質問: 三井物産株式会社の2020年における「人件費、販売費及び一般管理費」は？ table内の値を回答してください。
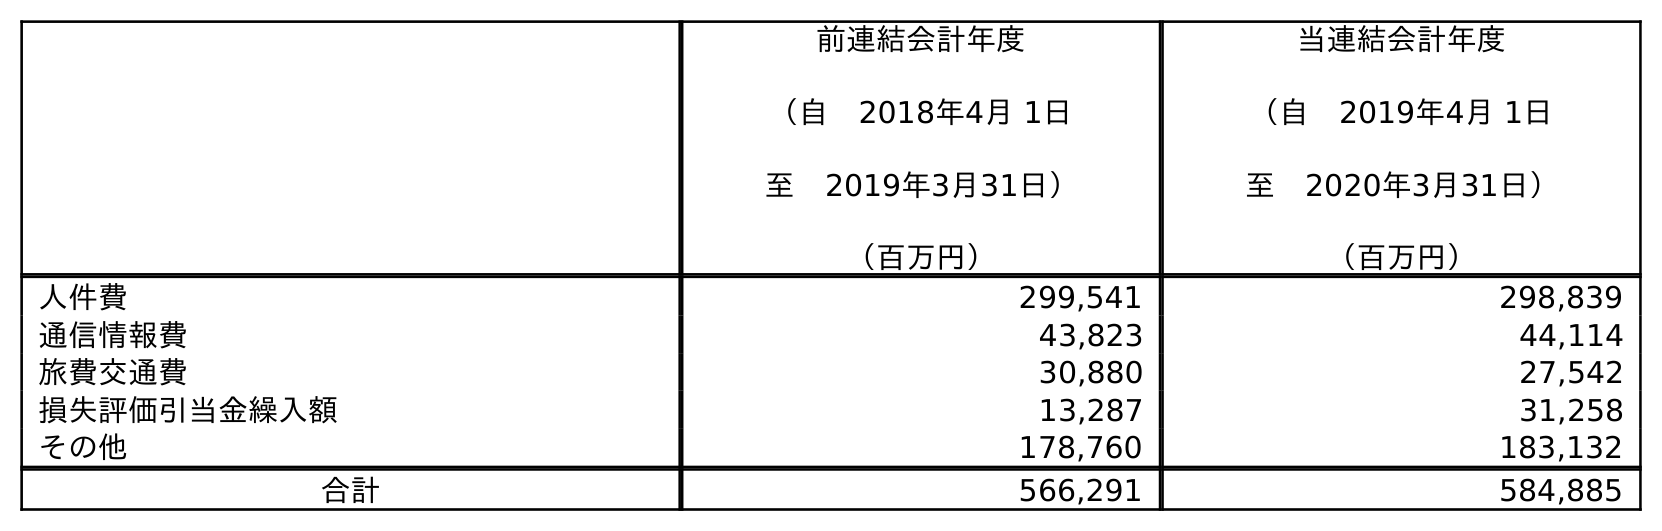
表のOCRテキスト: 前連結会計年度 （自 2018年4月 1日 至 2019年3月31日） （百万円） 当連結会計年度 （自 2019年4月 1日 至 2020年3月31日） （百万円） 人件費 299,541 298,839 通信情報費 43,823 44,114 旅費交通費 30,880 27,542 損失評価引当金繰入額 13,287 31,258 その他 178,760 183,132 合計 566,291 584,885
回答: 298,839